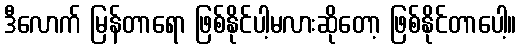
ဒီလောက် မြန်တာရော ဖြစ်နိုင်ပါ့မလားဆိုတော့ ဖြစ်နိုင်တာပေါ့။